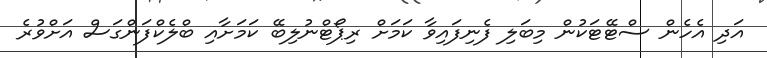
އަދި އެހެން ސްޓޭޓަކުން މިބަލި ފެނިފައިވާ ކަމަށް ރިޕޯޓްނުލިބޭ ކަމަށާއި ބްލެކްފަންގަސް އަށްވުރެ